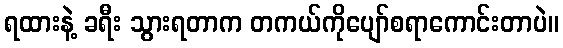
ရထားနဲ့ ခရီး သွားရတာက တကယ်ကိုပျော်စရာကောင်းတာပဲ။